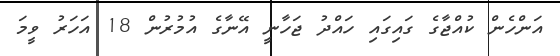
އަންހެން ކުއްޖާގެ ގައިގައި ހައްދު ޖަހާނީ އޭނާގެ އުމުރުން 18 އަހަރު ވީމަ